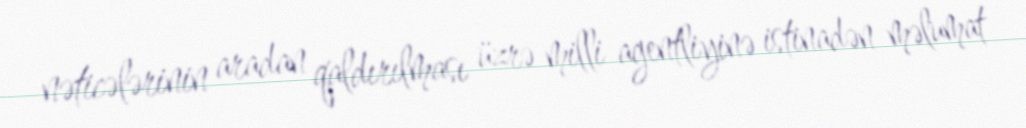
nəticələrinin aradan qaldırılması üzrə milli agentliyinə istinadən məlumat